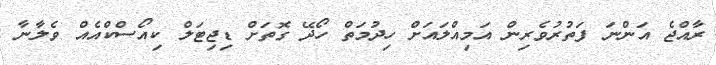
ރާއްޖެ އަންނަ ފަތުރުވެރިން އަމިއްލައަށް ހިދުމަތް ހޯދޭ ގޮތަށް ޑިޖިޓަލް ކިއޯސްކްއެއް ވެލާނާ